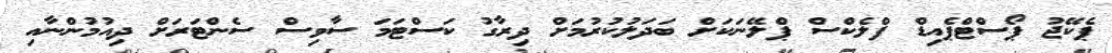
ޕެކޭޖު ޕޯސްޓްޕެއިޑް ފްލެކްސް ޕްލޭނަކަށް ބަދަލުކުރުމަށް ދިރާގު ކަސްޓަމަ ސާވިސް ސެންޓަރަށް ދިއުމުންނާއި